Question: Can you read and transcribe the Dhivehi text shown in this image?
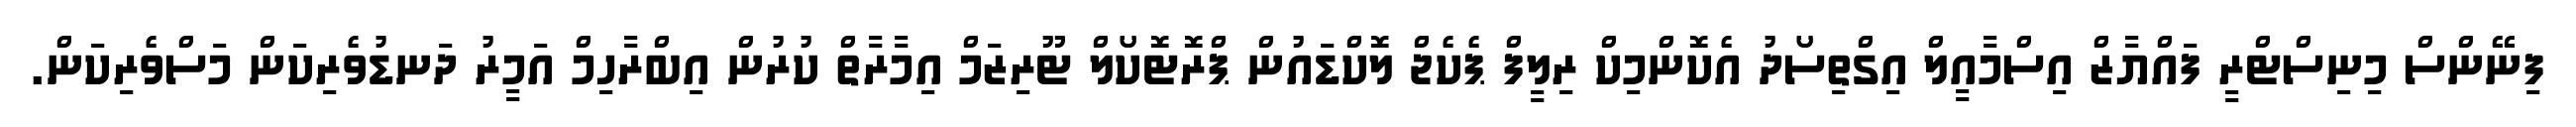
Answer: ފިނޭންސް މިނިސްޓްރީ ފައްޔާޒް އިސްމާއީލް އިގްތިސޯދު އެކޮންމިކް ރިލީފް ޕެކެޖް ލޮކްޑައުން ޕްރޮޓޮކޯލް ޓޫރިޒަމް އިމާރާތް ކުރުން އިބްރާހިމް އަމީރު ދަނޑުވެރިކަން މަސްވެރިކަން.